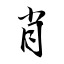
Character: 肖